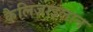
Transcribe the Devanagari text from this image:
कैलिजाइलान